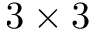
3 \times 3